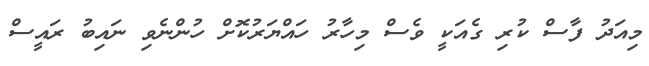
މިއަދު ފާސް ކުރި ގެއަކީ ވެސް މިހާރު ހައްޔަރުކޮށް ހުންނެވި ނައިބު ރައީސް